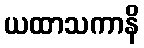
ယထာသကာနိ